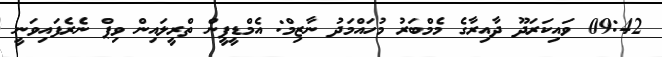
09:42 ވައިކަރަދޫ ދާއިރާގެ މެމްބަރު މުހައްމަދު ނާޒިމް: އެމްޑީޕީން ތްރީލައިން ވިޕް ނެރެފައިވަނީ